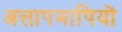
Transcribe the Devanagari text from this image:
अत्तापमापियों